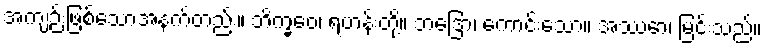
အကျဉ်းဖြစ်သောအနက်တည်း။ ဘိက္ခဝေ၊ ရဟန်းတို့။ ဘဒြော၊ ကောင်းသော။ အဿော၊ မြင်းသည်။